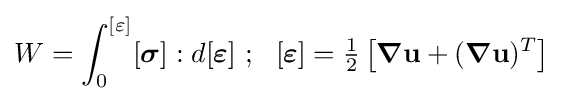
W=\int _{0}^{[\varepsilon ]}[{\boldsymbol {\sigma }}]:d[{\boldsymbol {\varepsilon }}]~;~~[{\boldsymbol {\varepsilon }}]={\tfrac {1}{2}}\left[{\boldsymbol {\nabla }}\mathbf {u} +({\boldsymbol {\nabla }}\mathbf {u} )^{T}\right]~